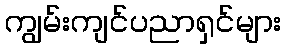
ကျွမ်းကျင်ပညာရှင်များ